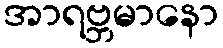
အာရဗ္ဘမာနော